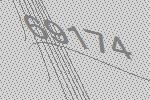
69174